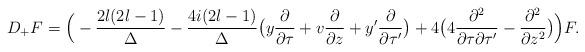
LaTeX: \begin{align*}D_+F = \Big(-\frac{2l(2l-1)}{\Delta} - \frac{4i(2l-1)}{\Delta}\big(y\frac{\partial}{\partial\tau}+v\frac{\partial}{\partial z}+y'\frac{\partial}{\partial\tau'}\big)+4\big(4\frac{\partial^2}{\partial \tau \partial \tau'}-\frac{\partial^2}{\partial z^2}\big)\Big)F.\end{align*}